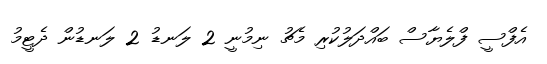
އެފްސީ ފްލެޔާސް ބައްދަލުކުރި މެޗު ނިމުނީ 2 ލަނޑު 2 ލަނޑުން ދެޓީމު